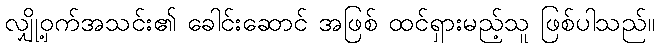
လျှို့ဝှက်အသင်း၏ ခေါင်းဆောင် အဖြစ် ထင်ရှားမည့်သူ ဖြစ်ပါသည်။